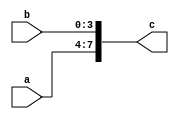
//Concatenate two binary nos 4b1001 and 4b1111 and display the output in verilog
module concatenate(a,b,c);
input [3:0] a,b;
output [7:0] c;
assign c={a,b};
endmodule

module concat();
reg [3:0] a,b;
wire [7:0] c;
concatenate a1(a,b,c);
initial 
begin
$monitor("%b",c);
a=4'b1001;
b=4'b1111;
end
endmodule